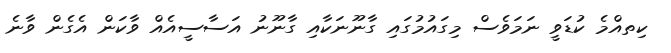
ކިތއްމެ ކުޑަވީ ނަމަވެސް މިގައުމުގައި ގާނޫނަކާއި ގާނޫނު އަސާސީއެއް ވާކަން އެގެން ވާނެ